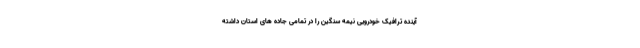
آینده ترافیک خودرویی نیمه سنگین را در تمامی جاده های استان داشته